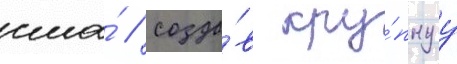
сша́ / созда́в кру́пнуу